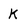
Character: K